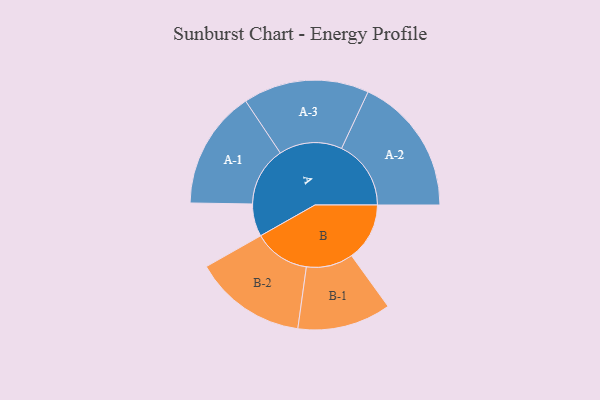
{"axis": {"x": "Segment", "y": "Value"}, "legend": ["", "A", "B"], "data": [{"x": "A", "y": 131, "type": ""}, {"x": "B", "y": 233, "type": ""}, {"x": "A-1", "y": 238, "type": "A"}, {"x": "A-2", "y": 279, "type": "A"}, {"x": "A-3", "y": 253, "type": "A"}, {"x": "B-1", "y": 188, "type": "B"}, {"x": "B-2", "y": 226, "type": "B"}]}